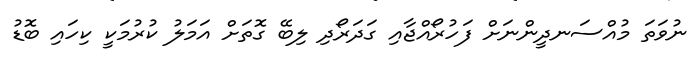
ނުވަތަ މުއްސަނދީންނަށް ފަހުރޯއްޖާއި ގަދަރޯދި ލިބޭ ގޮތަށް އަމަލު ކުރުމަކީ ކިހައި ބޮޑު